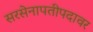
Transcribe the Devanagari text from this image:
सरसेनापतीपदावर